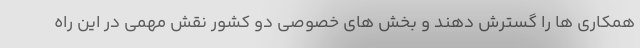
همکاری ها را گسترش دهند و بخش های خصوصی دو کشور نقش مهمی در این راه